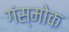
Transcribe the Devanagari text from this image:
गंस्मोक